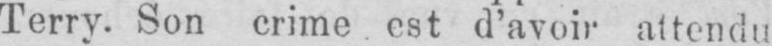
Terry. Son crime est d’avoir attendu